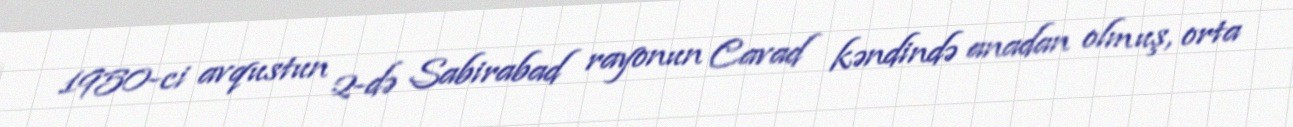
1950-ci avqustun 2-də Sabirabad rayonun Cavad kəndində anadan olmuş, orta